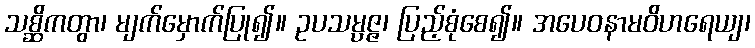
သစ္ဆိကတွာ၊ မျက်မှောက်ပြု၍။ ဥပသမ္ပဇ္ဇ၊ ပြည့်စုံစေ၍။ အပေဝနာမဝိဟရေယျ၊